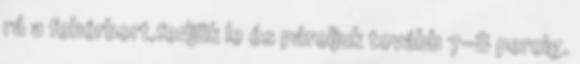
rá a fehérbort,fedjük le és pároljuk tovább 7-8 percig.